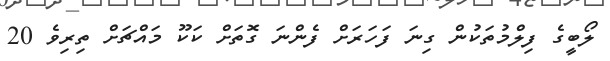
ލޯބީގެ ފިލްމުތަކުން ގިނަ ފަހަރަށް ފެންނަ ގޮތަށް ކަކޫ މައްޗަށް ތިރިވެ 20